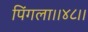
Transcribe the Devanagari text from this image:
पिंगला।।४८।।